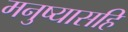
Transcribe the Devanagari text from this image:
मनुष्यासहि